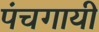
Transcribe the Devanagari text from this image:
पंचगायीं